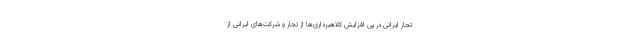
تجار ایرانی در پی افزایش کلاهبرداری‌ها از تجار و شرکت‌های ایرانی از